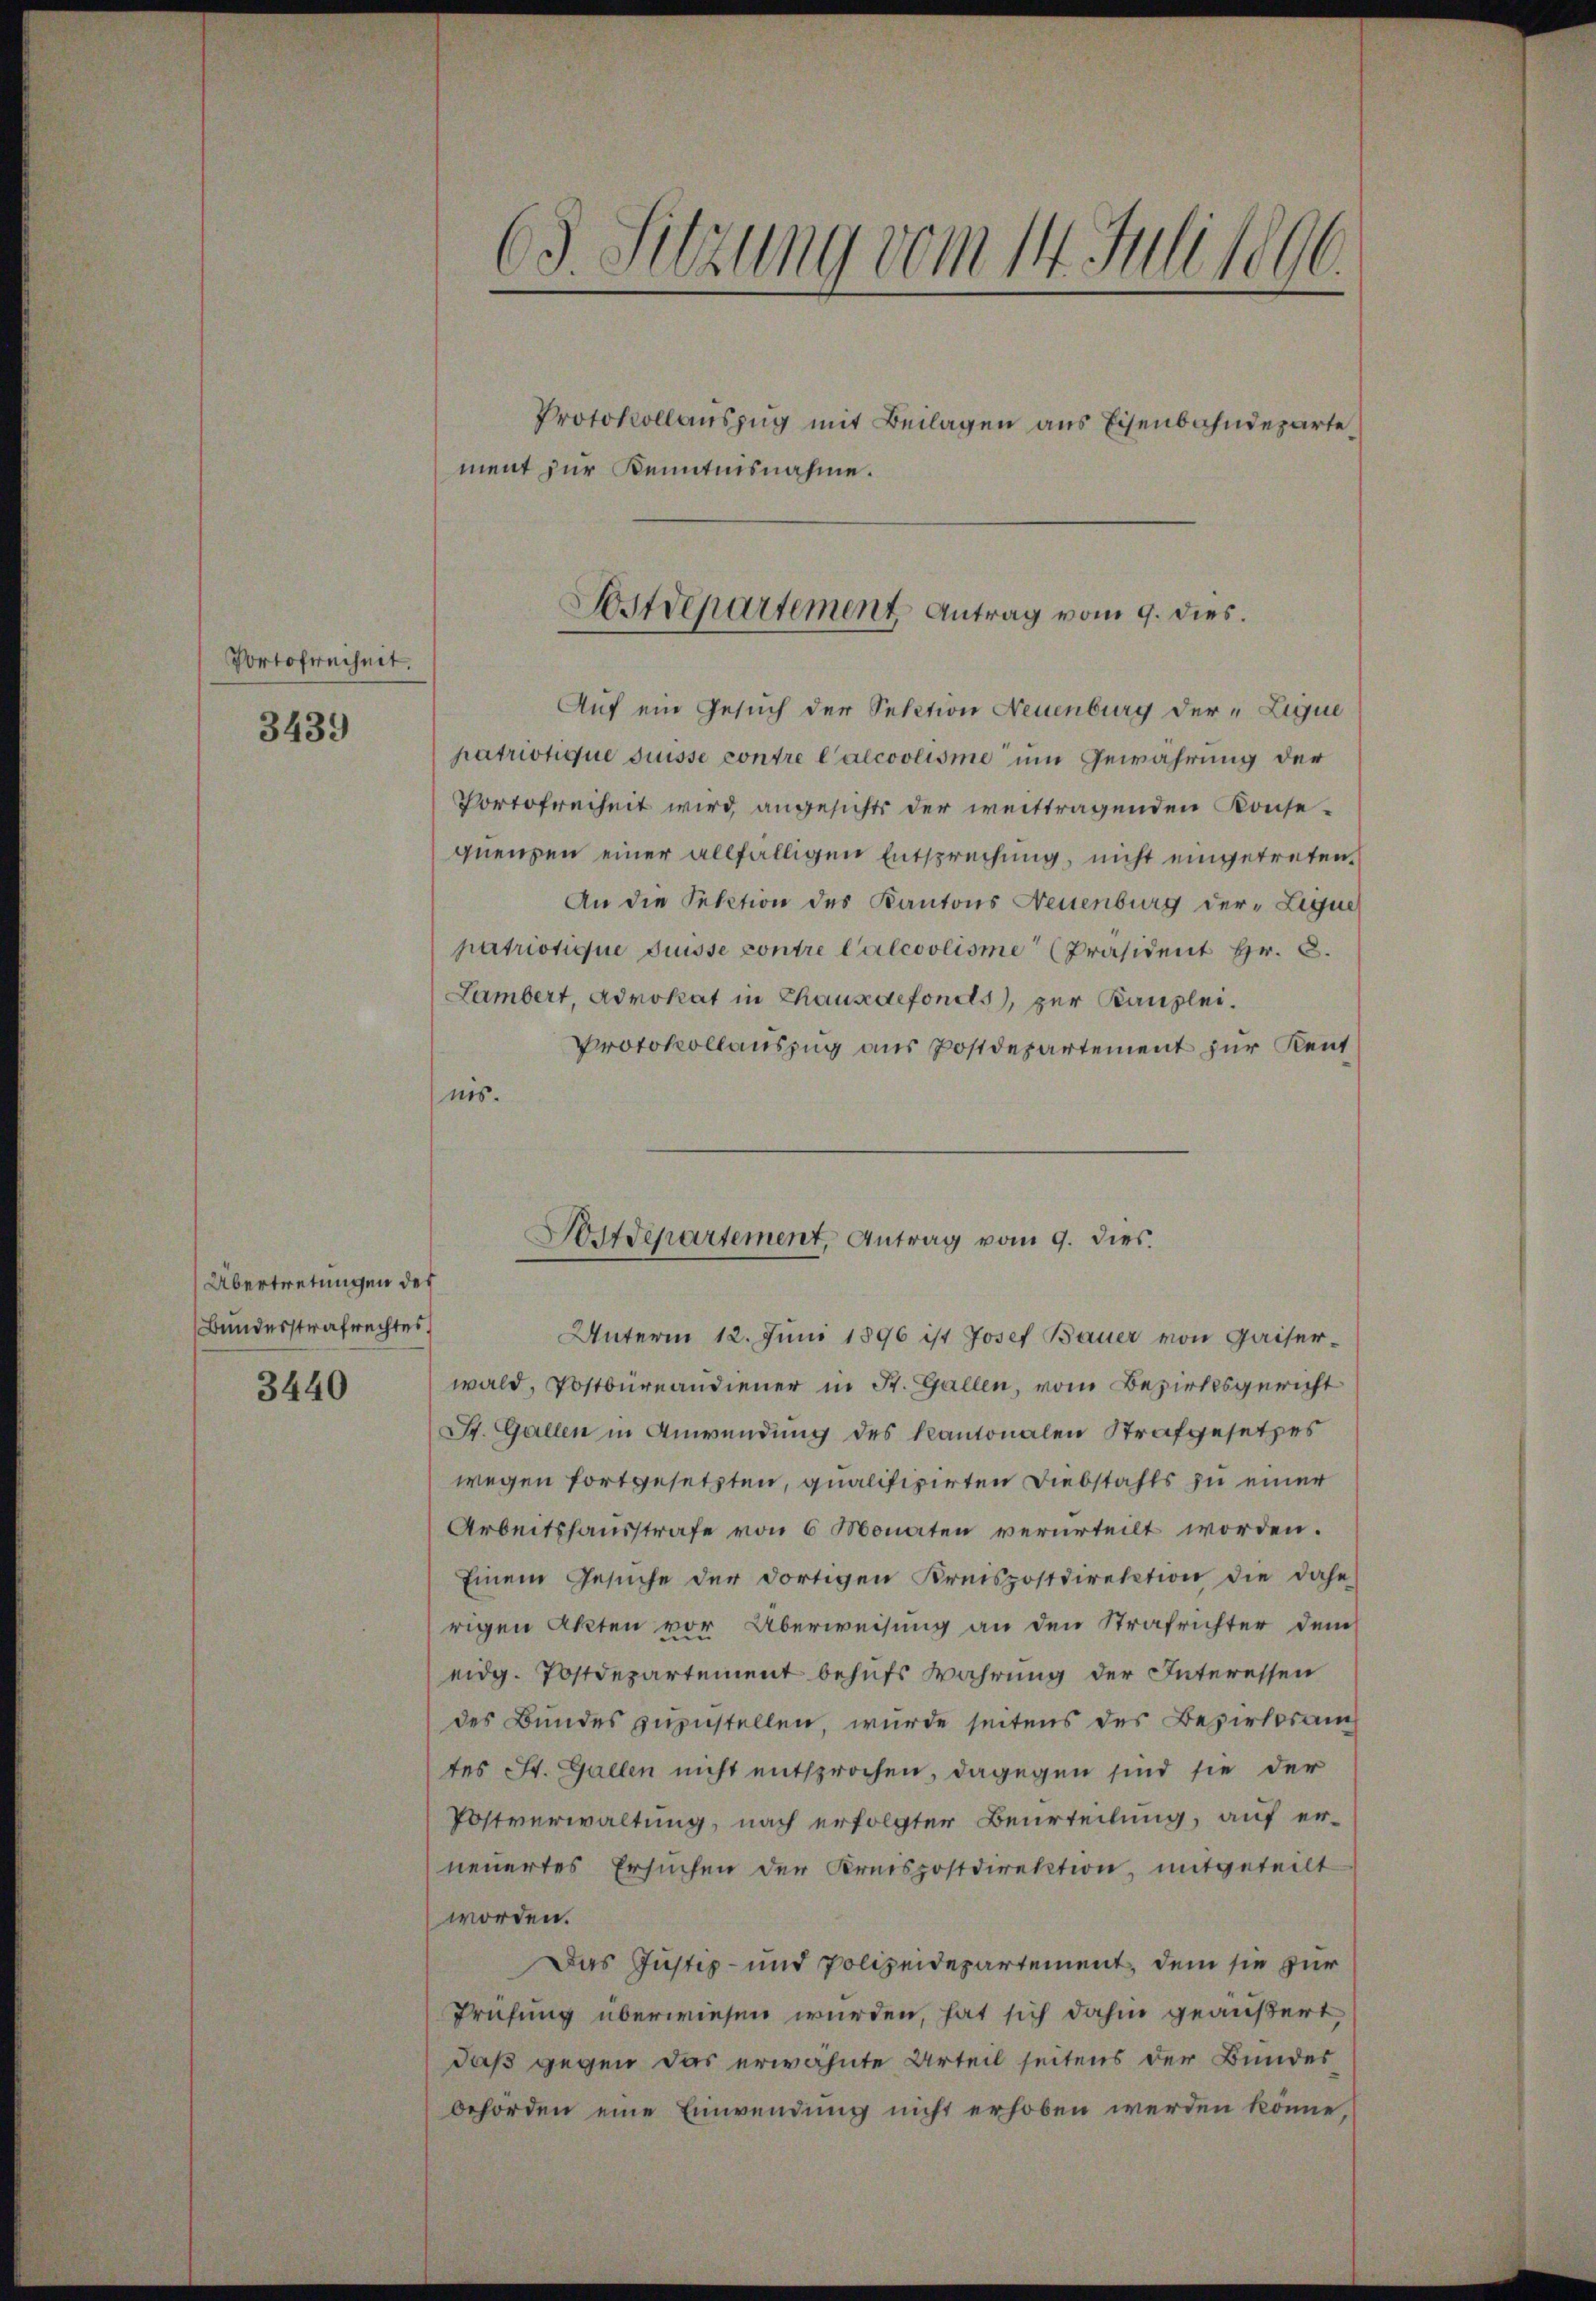
Portofrechnet.

3439

Übertretungen des
Bundesstrafrechtes

3440

63. Sitzung vom 14. Juli 1896.

Protokollauszug mit Beilagen aus Eisenbahndeparte
ment zur Kenntnisnahme.

Sostdepartement Antrag vom 9. dies.

Auf ein Gesuch der Selation Neuenburg der „Lique
patriotique suisse contre l’alcoolisme um Gewährung der
Portofreiheit wird angesichts der weittragenden Konsequenzen einer allfälligen Entsprechung, nicht eingetreten,
An die Sektion des Kantons Neuenburg der-Ligue
patriotique disse contre Calcoolisme [Präsident Hr. C.
Lambert, Advokat in Chausdefonds, zur Kanzlei.
Protokollauszug aus Postdepartement zur Kentnis.
Unterm 12. Juni 1896 ist Josef Bauer von Gaiserwald, Postbureaudiener in St. Gallen, vom Bezirksgericht
St. Gallen in Anwendung des Kantonalen Strafgesetzes
wegen fortgesetzten, qualifizirten Diebstahls zu einer
Arbeitshausstrafe von 6 Monaten verurteilt worden.
Einem Gesŭche der dortigen Kreispostdirektion die dahe
rigen Akten vor Überweisung an den Strafrichter dem
eidg. Postdepartement behufs wahrung der Interessen
des Bundes zuzustellen, wurde seitens des Bezirksrang
tes St. Gallen nicht entsprochen, dagegen sind sie der
Postverwaltung, nach erfolgter Beurteilung, auf er-
neuertes Ersuchen der Kreispostdirektion, mitgeteilt
worden.
Das Justiz- und Polizeidepartement, dem sie zur
Prüfung überwiesen wurden, hat sich dahin geäußert
daß gegen das erwähnte Urteil seitens der Bundes
behörden eine Einwendung nicht erhoben werden könne,

Postdepartement, Antrag vom 9. dies
—